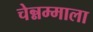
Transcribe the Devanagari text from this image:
चेन्नम्माला